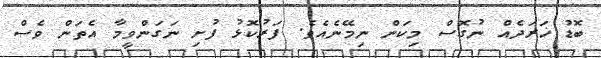
ބޮޑު ޚަރަދެއް ނުގޮސް މިކަން ނިމޭނެއެވެ. ފަރުކޮޅު ފުށި ނަގަންވީމާ އެތަން ވެސް